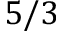
5 / 3